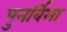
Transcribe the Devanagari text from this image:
पुनर्विमा